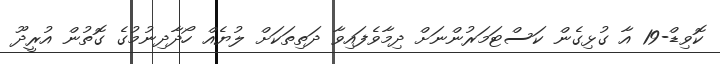
ކޮވިޑް-19 އާ ގުޅިގެން ކަސްޓަމަރުންނަށް ދިމާވެފައިވާ ދަތިތަކަށް ލުޔެއް ހޯދާދިނުމުގެ ގޮތުން އުރީދޫ